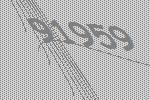
91959